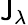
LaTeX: \mathsf{J}_{\lambda}